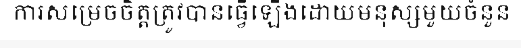
ការសម្រេចចិត្តត្រូវបានធ្វើឡើងដោយមនុស្សមួយចំនួន